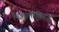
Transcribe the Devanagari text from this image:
निझामाविरुद्ध